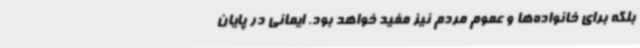
بلکه برای خانواده‌ها و عموم مردم نیز مفید خواهد بود. ایمانی در پایان